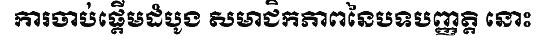
ការចាប់ផ្តើមដំបូង សមាជិកភាពនៃបទបញ្ញត្តិ នោះ